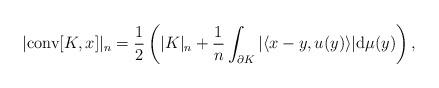
LaTeX: \begin{align*}|\mathrm{conv}[K,x]|_n=\frac{1}{2}\left(|K|_n+\frac{1}{n}\int_{\partial K}|\langle x-y, u(y)\rangle|\mathrm{d}\mu(y)\right), \end{align*}